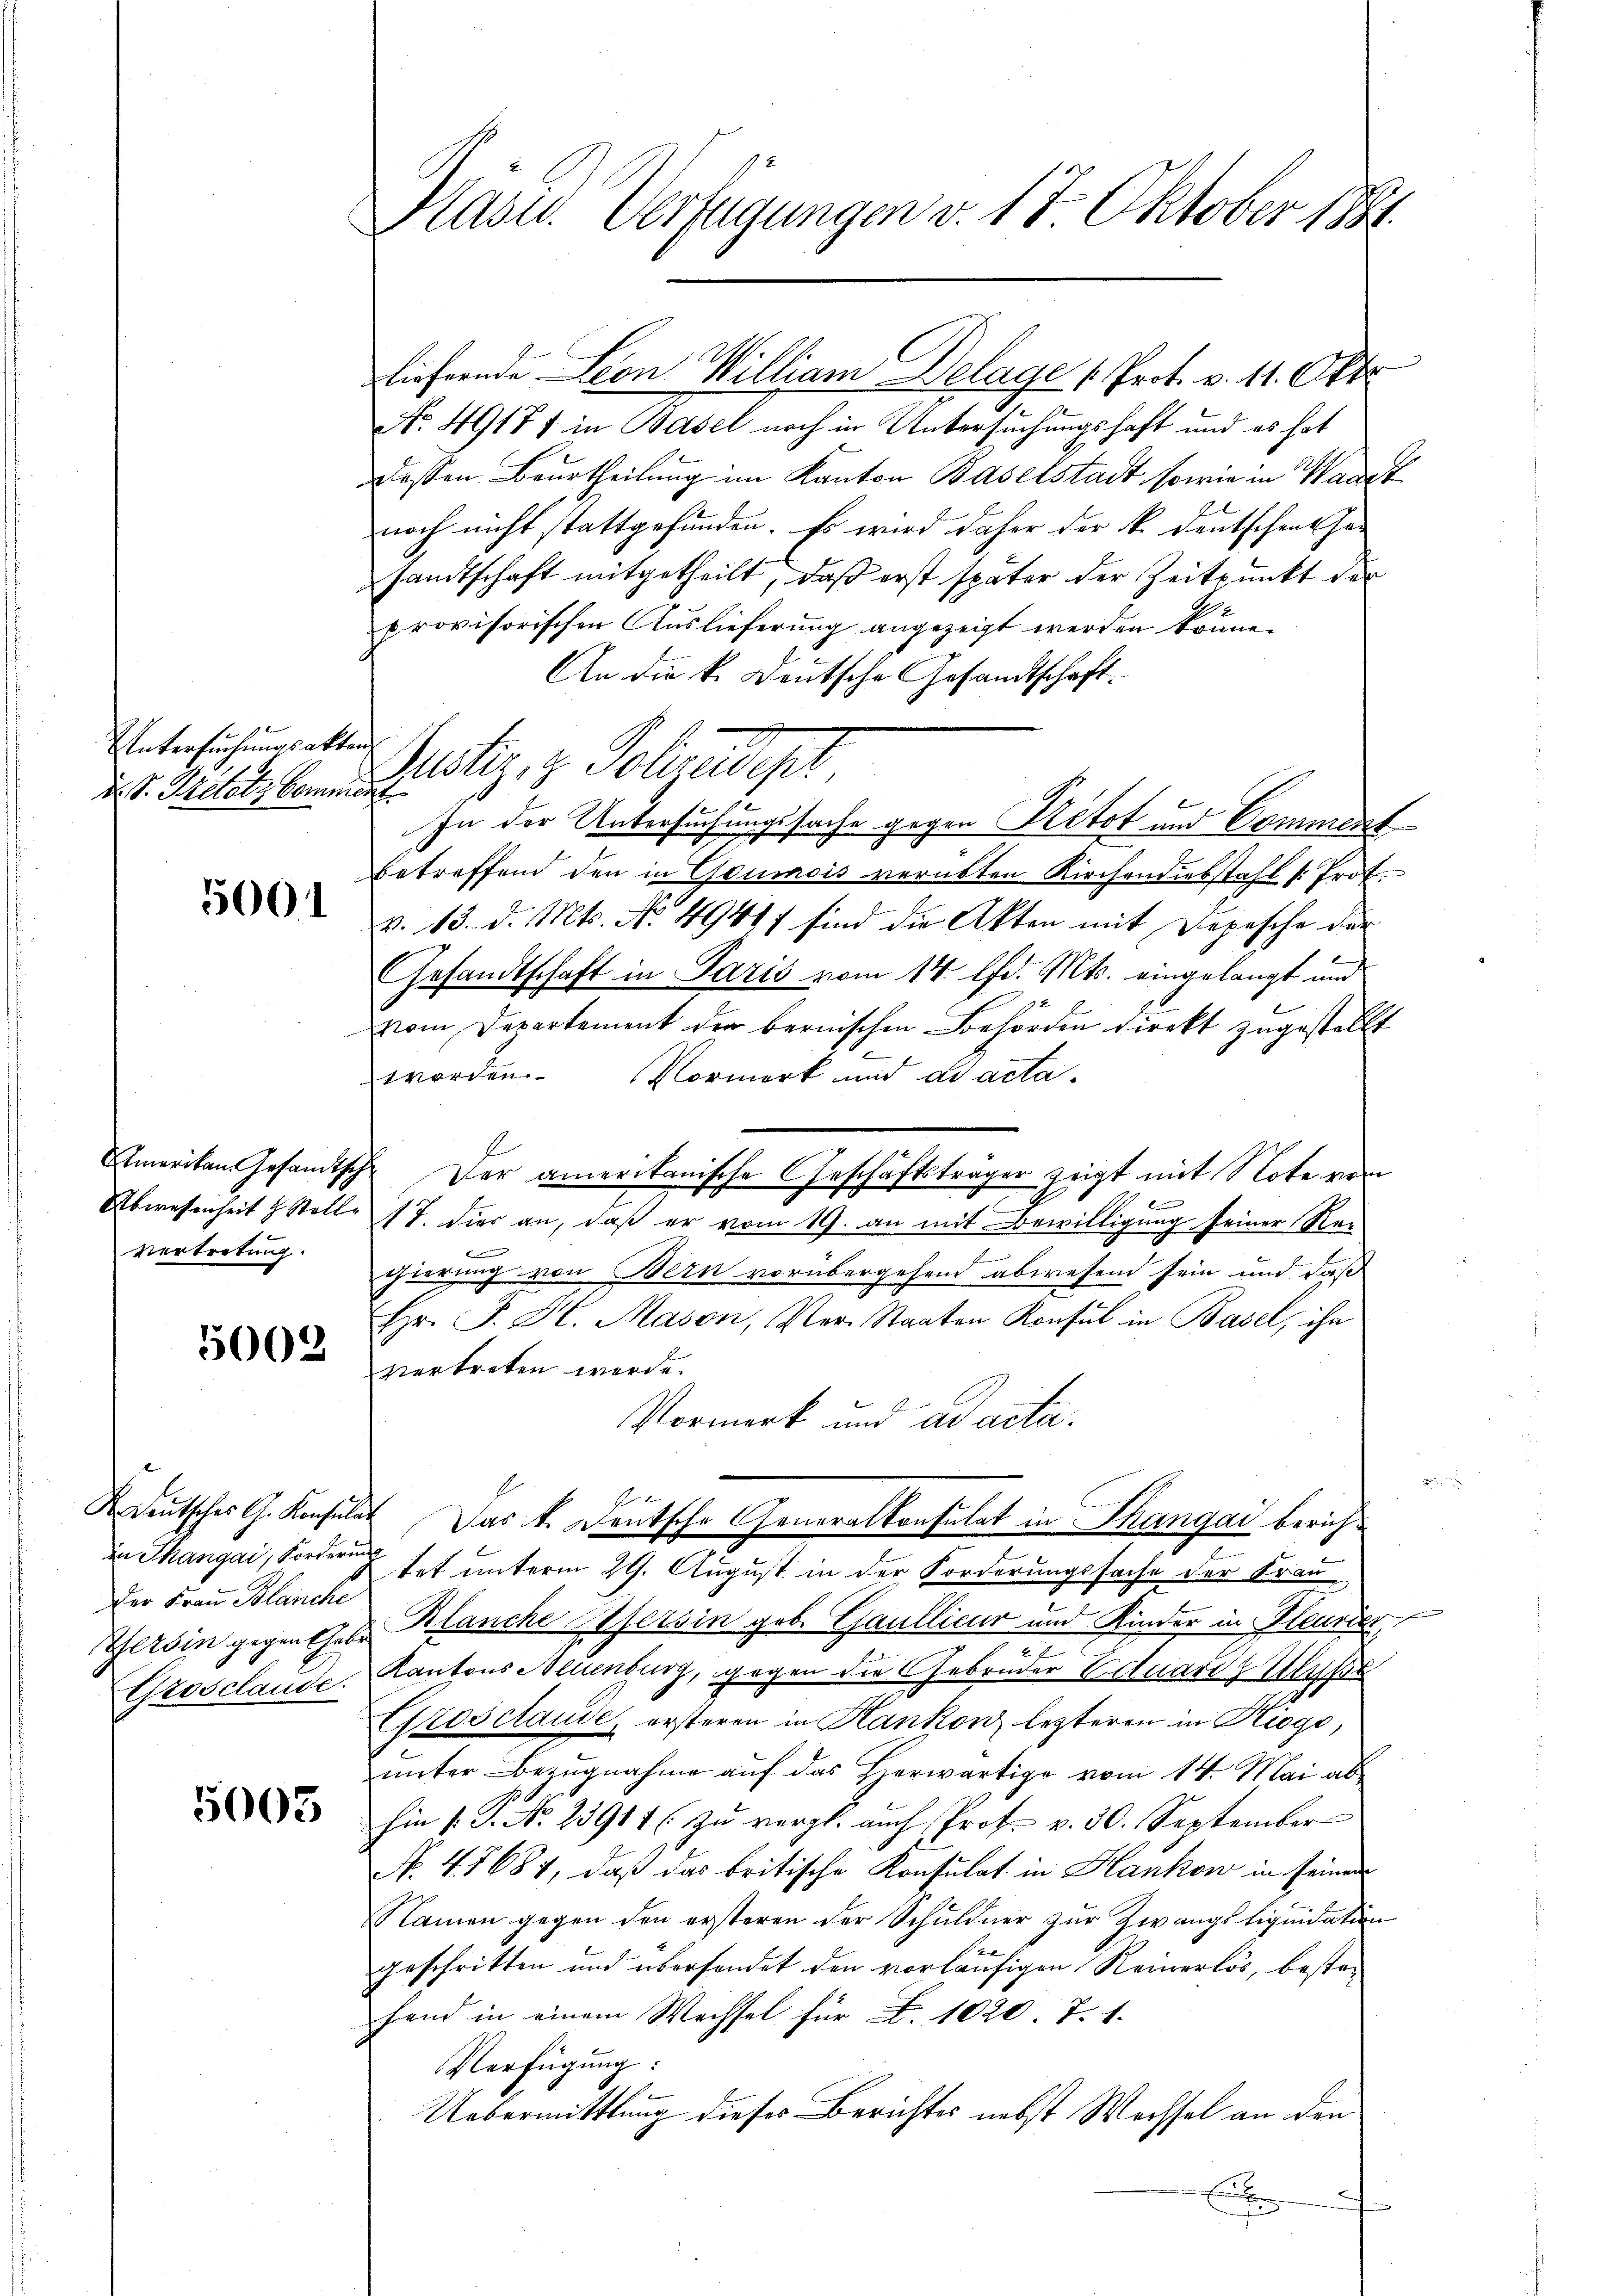
Untersuchungsakten
d. S. Petolz Commier

5001

Vertretung.

5002

Der Frau Blanche
Grosclaude.

5003

Kasu. Verfügungen v. 17. Oktober 1884.

liefernde Leon William Delage (Prot. v. 11. Okto
No. 49171 in Basel noch in Untersuchungshaft und es hat
dessen Beurtheilung im Kanton Baselstadt, sowie in Waadt
noch nicht stattgefunden. Es wird daher der k. Deutschentha
sandtschaft mitgetheilt, daß erst später der Zeitpunkt der
A
provisorischen Auslieferung angezeigt werden könne.
An die k. Deutsche Gesandtschaft.
Justiz, z. Polizeidigt,
In der Untersuchungssache gegen Retot und Comment
betreffend den in Goumois verübten Kirchendiebstahl /: Prof.
v. 13. d. Mts. No. 49417 sind die Akten mit Depesche der
Gesandtschaft in Paris vom 14. d. Mts. eingelangt und
vom Departement der bernischen Behörden direkt zugestellt
worden. Vormerk und ad acta.
Amerikan Gesandtsche Der amerikanische Geschäftsträger zeigt mit Note von
f
Abwesenheit & Stelle 17. dies an, daß er vom 19. an mit Bewilligung seiner Re-
b
gierung von Bern vorübergehend abwesend sein und daß
Hr. J. H. Mason, Ver- Staaten Konsul in Basel, ihn
vertreten werde.
Vormerk und ad acta.
K deutsches G. Konsulat Das k. Deutsche Generalkonsulat in Thangai berichin Thangai, Forderung hat unterm 29. August in der Forderungssache der Fraueisin gegenthen Blanche Weisin geb. Gaullicur und Kinder in Heurder
Kantons Allenburg, gegen die Gebrüder Eduaris Wisse
Grosclaude, ersteren in Hankon lezteren in Hiogo,
unter Bezugnahme auf das Herwärtige vom 14. Mai ab
hin (: P. No. 23911 (zu vergl. auch Prof. v. 30. September
No. 41684, daß das britische Konsulat in Hankon in seinem
Namen gegen den ersteren der Schuldner zŭr Zwangsliquidation
geschritten und übersendet den vorläufigen Keinerlös, besta-
Hand in einem Wechsel für . 1020. T. 1.
Verfügung:
Uebermittlung dieses Berichtes nebst Wechsel an den
i